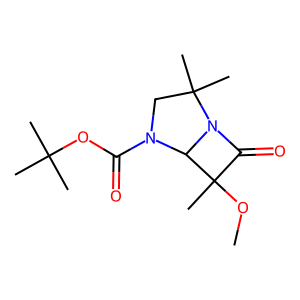
SMILES: COC1(C)C(=O)N2C1N(C(=O)OC(C)(C)C)CC2(C)C
Inhibits HIV replication: No